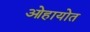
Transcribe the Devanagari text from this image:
ओहायोत